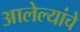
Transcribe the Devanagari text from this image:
आलेल्यांचे